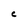
Character: C